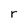
Character: r